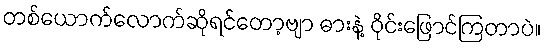
တစ်ယောက်လောက်ဆိုရင်တော့ဗျာ ဓားနဲ့ ဝိုင်းဖြောင်ကြတာပဲ။